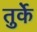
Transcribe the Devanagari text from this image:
तुर्के